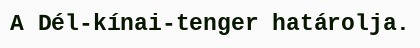
A Dél-kínai-tenger határolja.